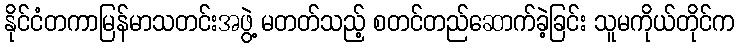
နိုင်ငံတကာမြန်မာသတင်းအဖွဲ့ မတတ်သည့် စတင်တည်ဆောက်ခဲ့ခြင်း သူမကိုယ်တိုင်က